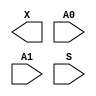
/**
 * Copyright 2020 The SkyWater PDK Authors
 *
 * Licensed under the Apache License, Version 2.0 (the "License");
 * you may not use this file except in compliance with the License.
 * You may obtain a copy of the License at
 *
 *     https://www.apache.org/licenses/LICENSE-2.0
 *
 * Unless required by applicable law or agreed to in writing, software
 * distributed under the License is distributed on an "AS IS" BASIS,
 * WITHOUT WARRANTIES OR CONDITIONS OF ANY KIND, either express or implied.
 * See the License for the specific language governing permissions and
 * limitations under the License.
 *
 * SPDX-License-Identifier: Apache-2.0
 */

`ifndef SKY130_FD_SC_LP__UDP_MUX_2TO1_BLACKBOX_V
`define SKY130_FD_SC_LP__UDP_MUX_2TO1_BLACKBOX_V

/**
 * udp_mux_2to1: Two to one multiplexer
 *
 * Verilog stub definition (black box with power pins).
 *
 * WARNING: This file is autogenerated, do not modify directly!
 */

`timescale 1ns / 1ps
`default_nettype none

(* blackbox *)
module sky130_fd_sc_lp__udp_mux_2to1 (
    X ,
    A0,
    A1,
    S
);

    output X ;
    input  A0;
    input  A1;
    input  S ;
endmodule

`default_nettype wire
`endif  // SKY130_FD_SC_LP__UDP_MUX_2TO1_BLACKBOX_V